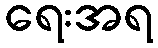
ရေးအရ